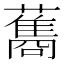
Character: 𮒣